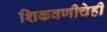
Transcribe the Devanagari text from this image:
शिकवणीचेही